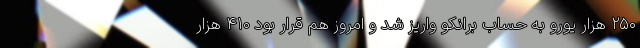
٢۵٠ هزار یورو به حساب برانکو واریز شد و امروز هم قرار بود ۴١٠ هزار